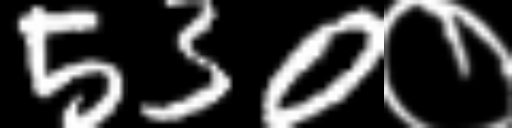
Text: 530०